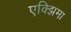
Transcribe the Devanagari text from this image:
एक्झिमा